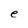
Character: e